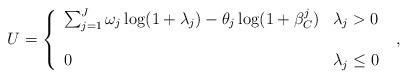
LaTeX: \begin{align*}U=\left\{ {\begin{array}{ll}{\sum\nolimits_{j = 1}^J {\omega_j\log (1 + {\lambda _j}) - {\theta _j}\log (1 + \beta _C^j)} }&{{\lambda _j} > 0}\\&\\0&{{\lambda _j} \le 0}\end{array}} \right.\ ,\end{align*}